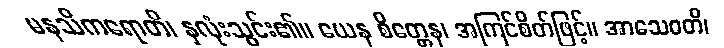
မနသိကရောတိ၊ နှလုံးသွင်း၏။ ယေန စိတ္တေန၊ အကြင်စိတ်ဖြင့်။ အာသေဝတိ၊